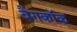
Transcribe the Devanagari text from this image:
बैंगकाॅक